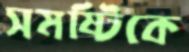
সমষ্টিকে